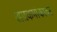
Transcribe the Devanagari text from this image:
अग्रकमांकावर